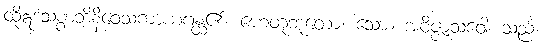
ထိုဣဒံသစ္စာဘိနိဝေသကာယဂန္ထ၏။ ဟေတုဘူတော၊ သော။ အဝိဇ္ဇာသဝေါ၊ သည်။